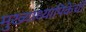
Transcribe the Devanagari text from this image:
मुख्याध्यापिकेची